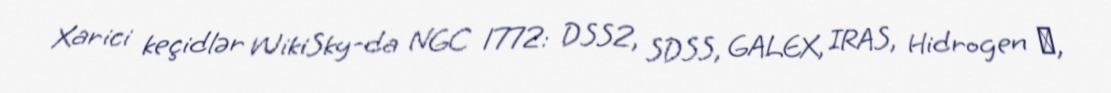
Xarici keçidlər WikiSky-da NGC 1772: DSS2, SDSS, GALEX, IRAS, Hidrogen α,